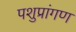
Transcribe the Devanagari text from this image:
पशुप्रांगण